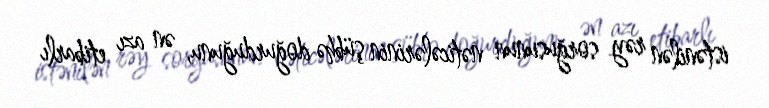
istənilən rəy sorğusunun nəticələrinin şübhə doğurduğunu, ən azı etibarlı